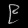
Digit: ၉